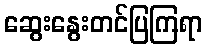
ဆွေးနွေးတင်ပြကြရာ